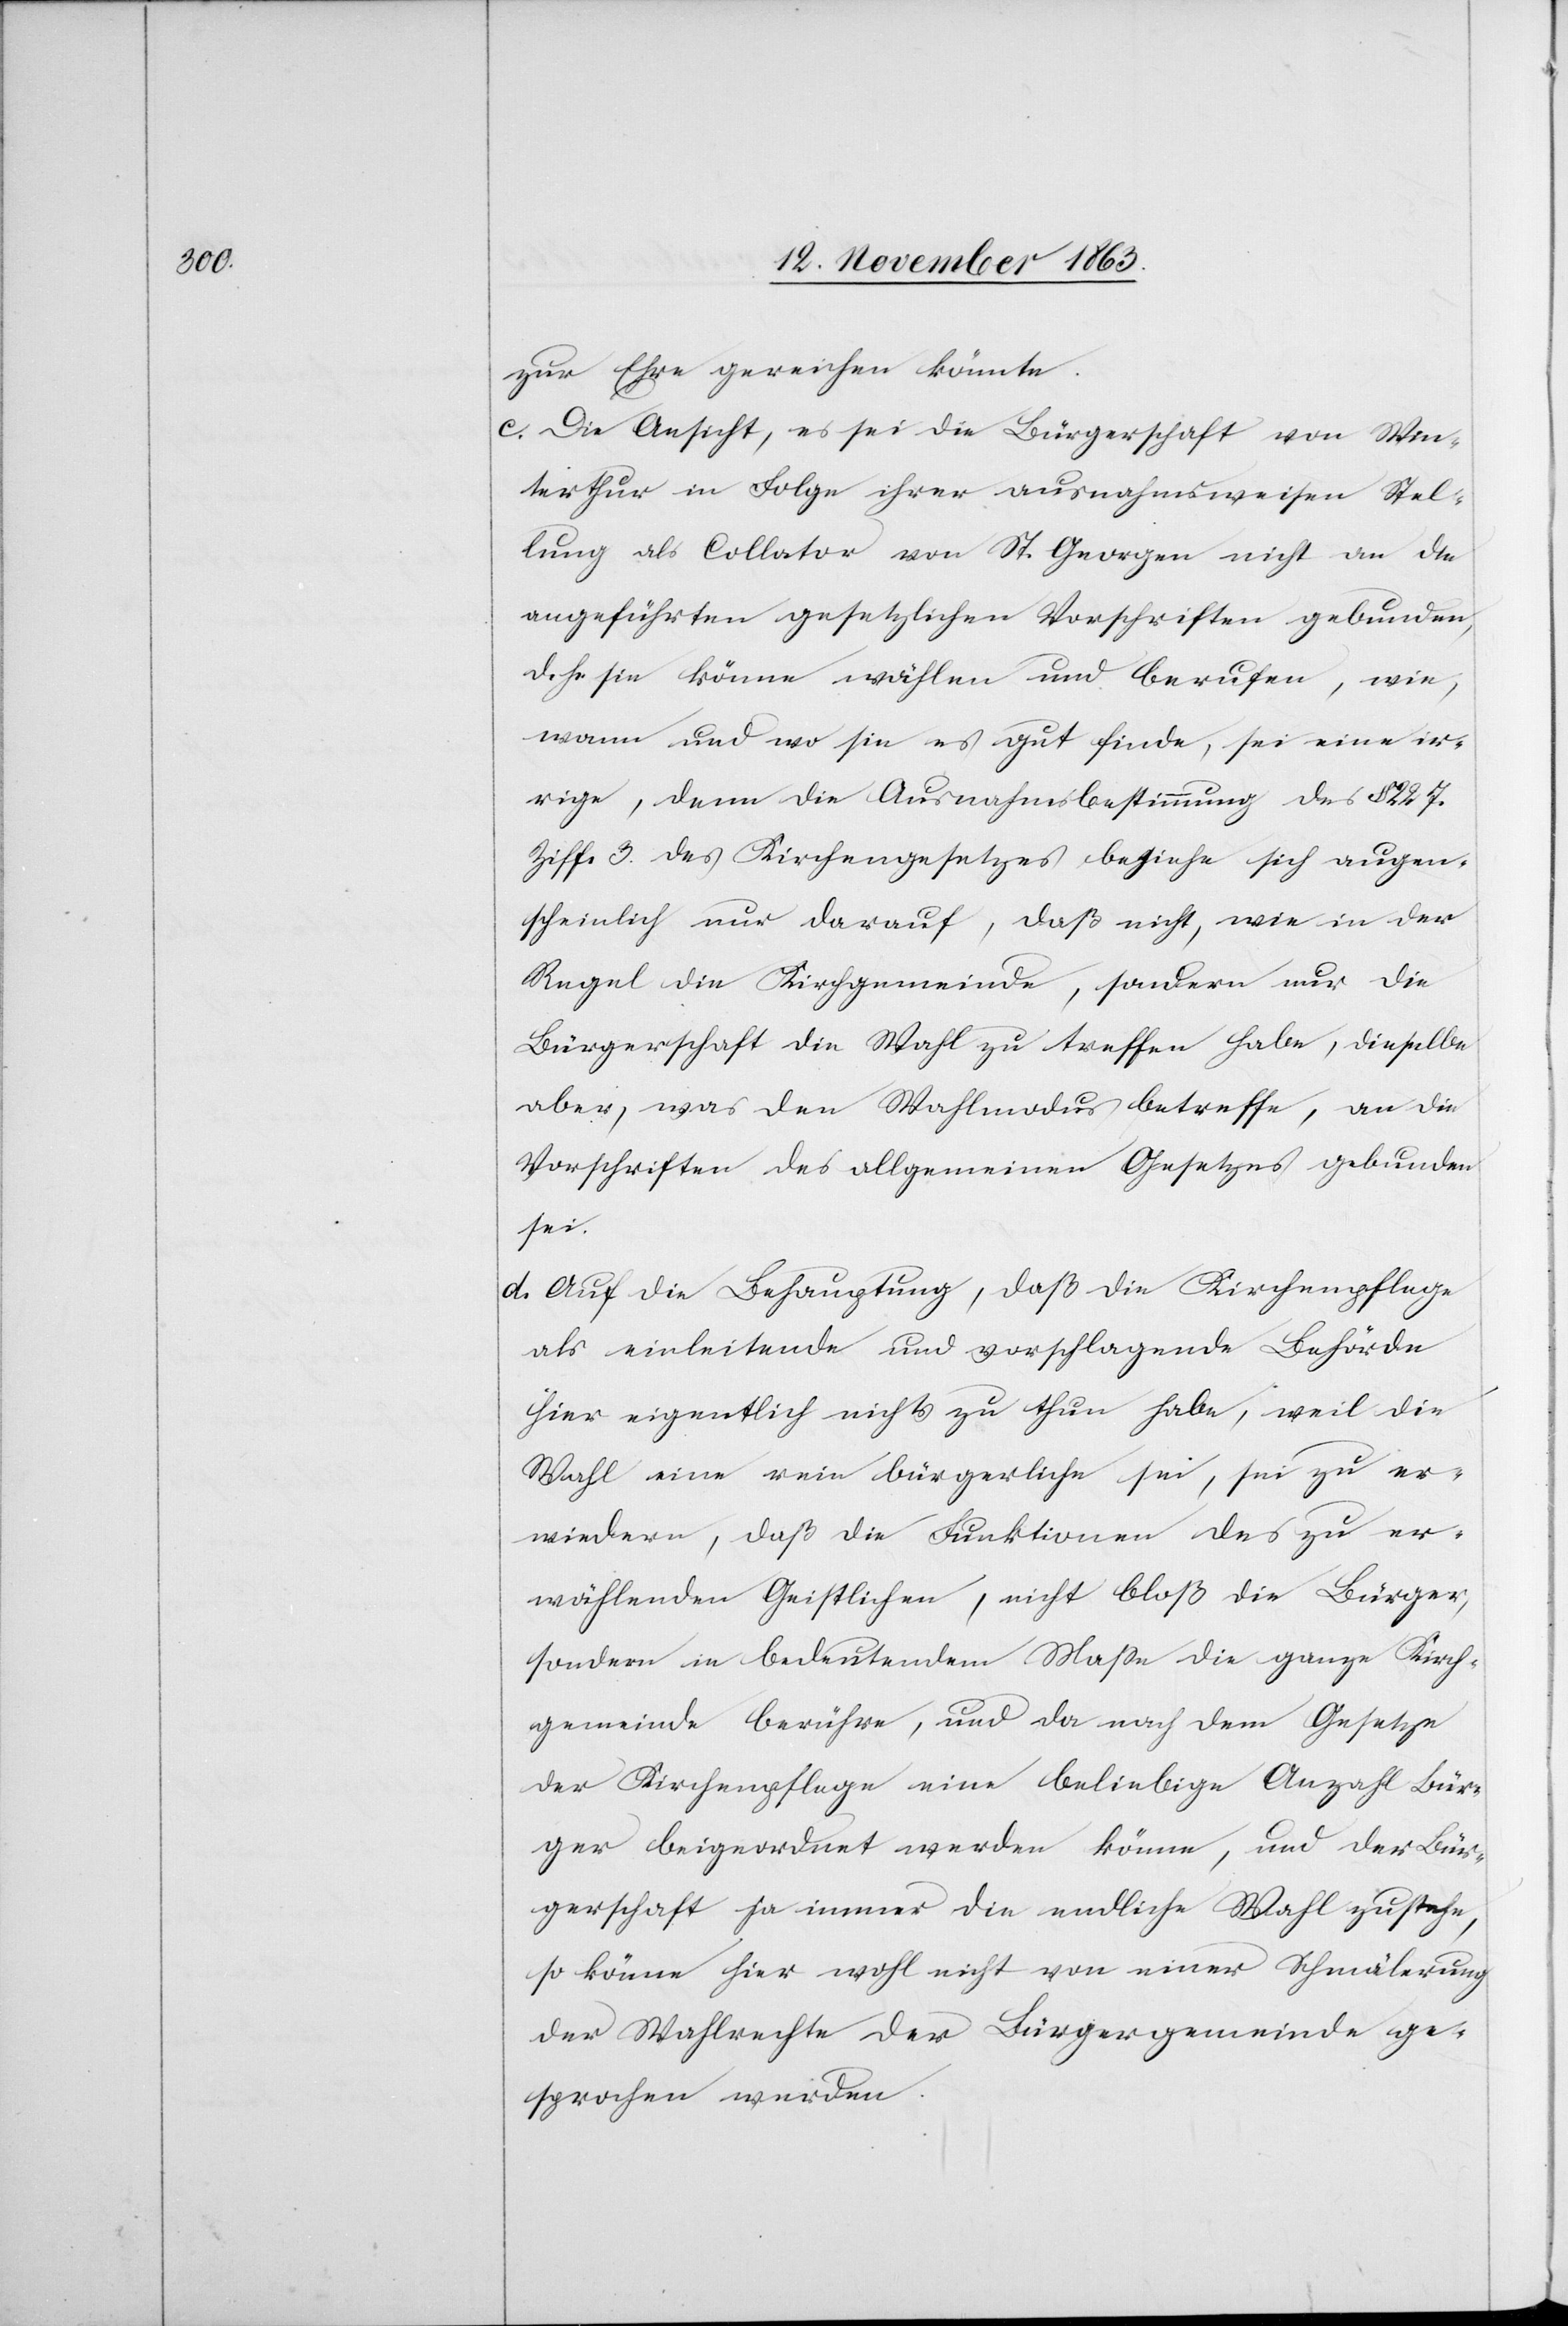
zur Ehre gereichen könnte.
c. Die Ansicht, es sei die Bürgerschaft von Win¬
terthur in Folge ihrer ausnahmsweisen Stel¬
lung als Collator von St. Georgen nicht an die
angeführten gesetzlichen Vorschriften gebunden,
d. h. sie könne wählen und berufen, wie,
wann und wo sie es gut finde, sei eine ir¬
rige, denn die Ausnahmsbestimmung des § 227.
Ziff. 3. des Kirchengesetzes beziehe sich augen¬
scheinlich nur darauf, daß nicht, wie in der
Regel die Kirchgemeinde, sondern nur die
Bürgerschaft die Wahl zu treffen habe, dieselbe
aber, was den Wahlmodus betreffe, an die
Vorschriften des allgemeinen Gesetzes gebunden
sei.
d. Auf die Behauptung, daß die Kirchenpflege
als einleitende und vorschlagende Behörde
hier eigentlich nichts zu thun habe, weil die
Wahl eine rein bürgerliche sei, sei zu er¬
wiedern, daß die Funktionen des zu er¬
wählenden Geistlichen, nicht bloß die Bürger,
sondern in bedeutendem Masse die ganze Kirch¬
gemeinde berühre, und da nach dem Gesetze
der Kirchenpflege eine beliebige Anzahl Bür¬
ger beigeordnet werden könne, und der Bür¬
gerschaft ja immer die endliche Wahl zu stehe,
so könne hier wohl nicht von einer Schmälerung
der Wahlrechte der Bürgergemeinde ge¬
sprochen werden.